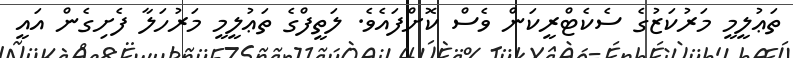
ތަޢުލީމީ މަރުކަޒުގެ ސެކެޓްރީކަން ވެސް ކޮށްފައެވެ. ލަތީފްގެ ތަޢުލީމީ މަރުހަލާ ފެށިގެން އައީ